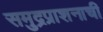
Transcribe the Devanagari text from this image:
समुद्रप्राशनाची